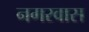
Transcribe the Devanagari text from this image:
नगरवास